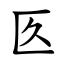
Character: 匛